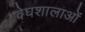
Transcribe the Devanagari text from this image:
वेघशालाओं